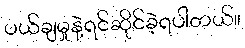
ပယ်ချမှုနဲ့ရင်ဆိုင်ခဲ့ရပါတယ်။